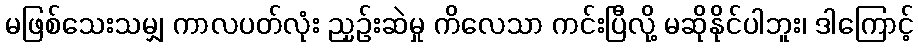
မဖြစ်သေးသမျှ ကာလပတ်လုံး ညှဉ်းဆဲမှု ကိလေသာ ကင်းပြီလို့ မဆိုနိုင်ပါဘူး၊ ဒါကြောင့်